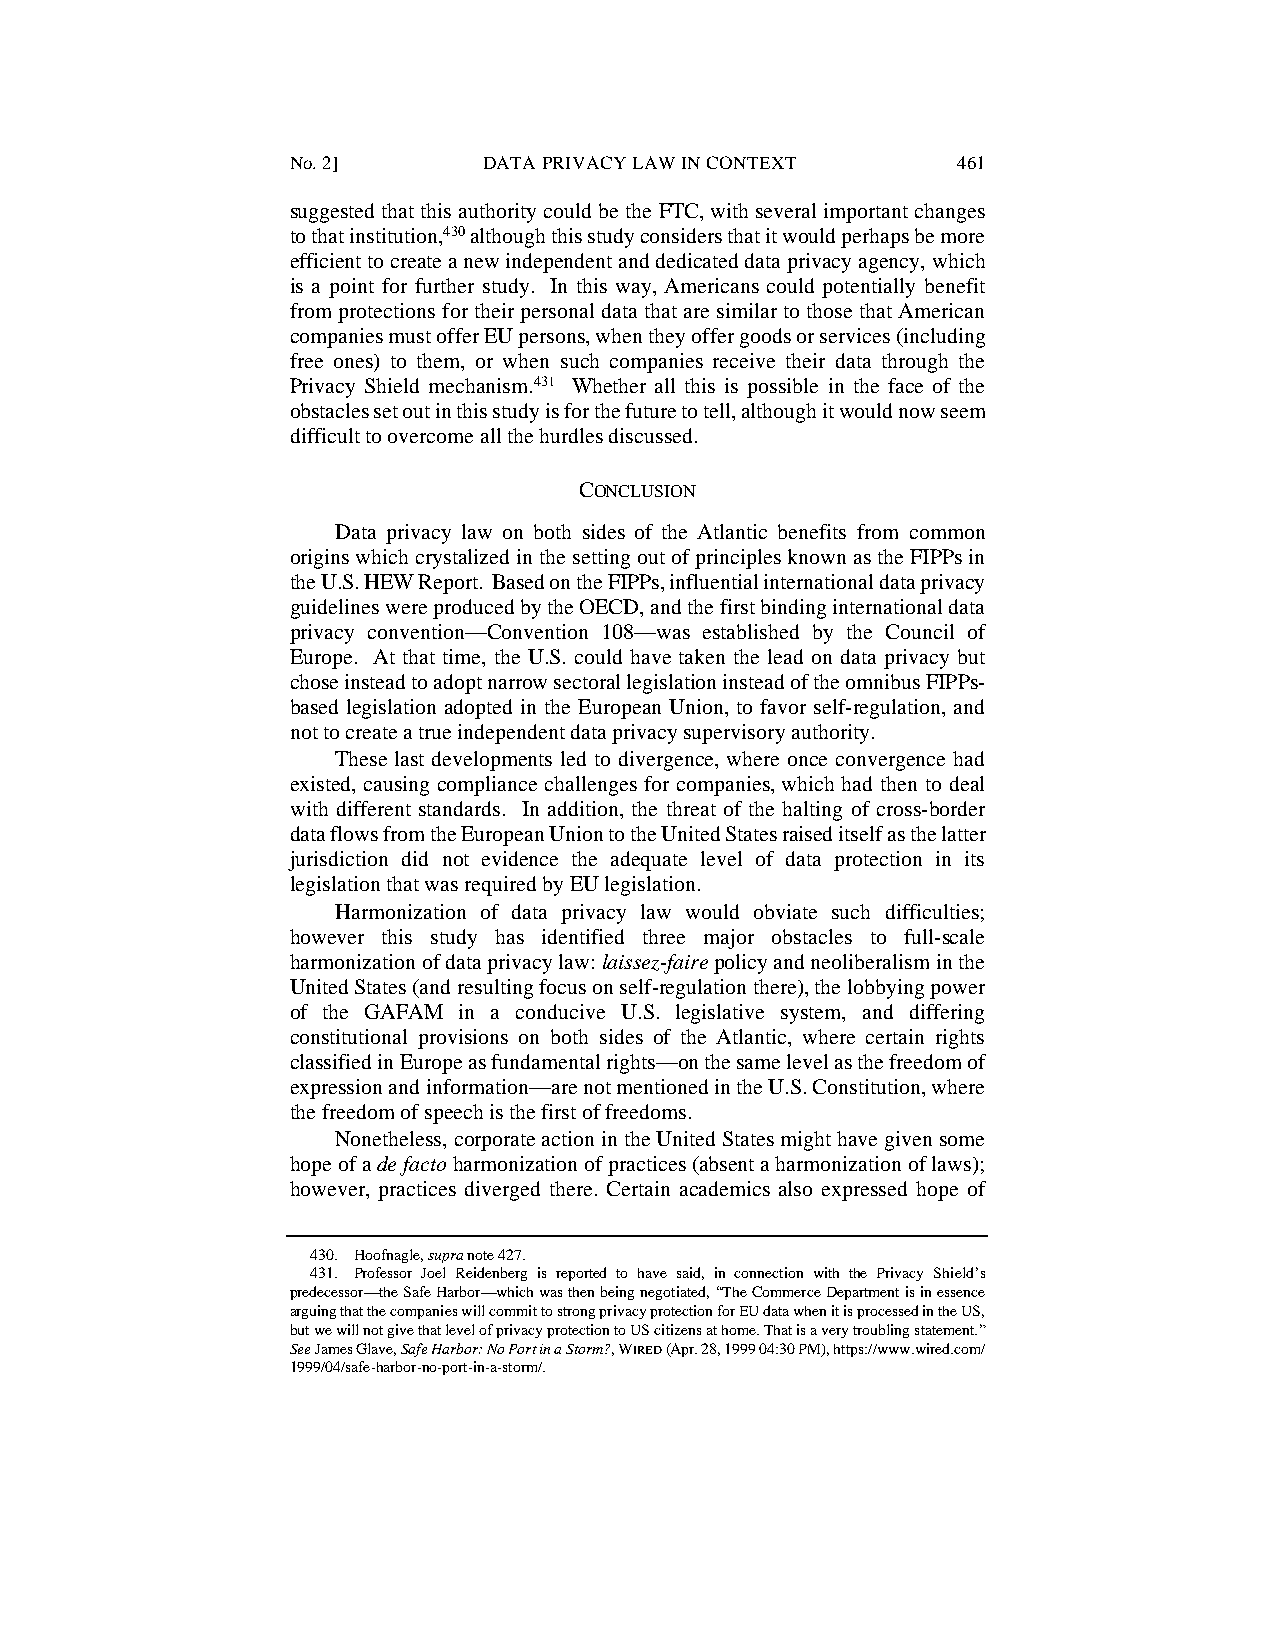
No. 2]       DATA PRIVACY LAW IN CONTEXT    461
 suggested that this authority could be the FTC, with several important changes
 to that institution,430 although this study considers that it would perhaps be more
 efficient to create a new independent and dedicated data privacy agency, which
 is a point for further study. In this way, Americans could potentially benefit
 from protections for their personal data that are similar to those that American
 companies must offer EU persons, when they offer goods or services (including
 free ones) to them, or when such companies receive their data through the
 Privacy Shield mechanism.431 Whether all this is possible in the face of the
 obstacles set out in this study is for the future to tell, although it would now seem
 difficult to overcome all the hurdles discussed.
 CONCLUSION
 Data privacy law on both sides of the Atlantic benefits from common
 origins which crystalized in the setting out of principles known as the FIPPs in
 the U.S. HEW Report. Based on the FIPPs, influential international data privacy
 guidelines were produced by the OECD, and the first binding international data
 privacy convention—Convention 108—was established by the Council of
 Europe. At that time, the U.S. could have taken the lead on data privacy but
 chose instead to adopt narrow sectoral legislation instead of the omnibus FIPPs-
 based legislation adopted in the European Union, to favor self-regulation, and
 not to create a true independent data privacy supervisory authority.
 These last developments led to divergence, where once convergence had
 existed, causing compliance challenges for companies, which had then to deal
 with different standards. In addition, the threat of the halting of cross-border
 data flows from the European Union to the United States raised itself as the latter
 jurisdiction did not evidence the adequate level of data protection in its
 legislation that was required by EU legislation.
 Harmonization of data privacy law would obviate such difficulties;
 however this study has identified three major obstacles to full-scale
 harmonization of data privacy law: laissez-faire policy and neoliberalism in the
 United States (and resulting focus on self-regulation there), the lobbying power
 of the GAFAM in a conducive U.S. legislative system, and differing
 constitutional provisions on both sides of the Atlantic, where certain rights
 classified in Europe as fundamental rights—on the same level as the freedom of
 expression and information—are not mentioned in the U.S. Constitution, where
 the freedom of speech is the first of freedoms.
 Nonetheless, corporate action in the United States might have given some
 hope of a de facto harmonization of practices (absent a harmonization of laws);
 however, practices diverged there. Certain academics also expressed hope of
 430. Hoofnagle, supra note 427.
 431. Professor Joel Reidenberg is reported to have said, in connection with the Privacy Shield’s
 predecessor—the Safe Harbor—which was then being negotiated, “The Commerce Department is in essence
 arguing that the companies will commit to strong privacy protection for EU data when it is processed in the US,
 but we will not give that level of privacy protection to US citizens at home. That is a very troubling statement.”
 See James Glave, Safe Harbor: No Port in a Storm?, WIRED (Apr. 28, 1999 04:30 PM), https://www.wired.com/
 1999/04/safe-harbor-no-port-in-a-storm/.